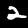
Label: 2